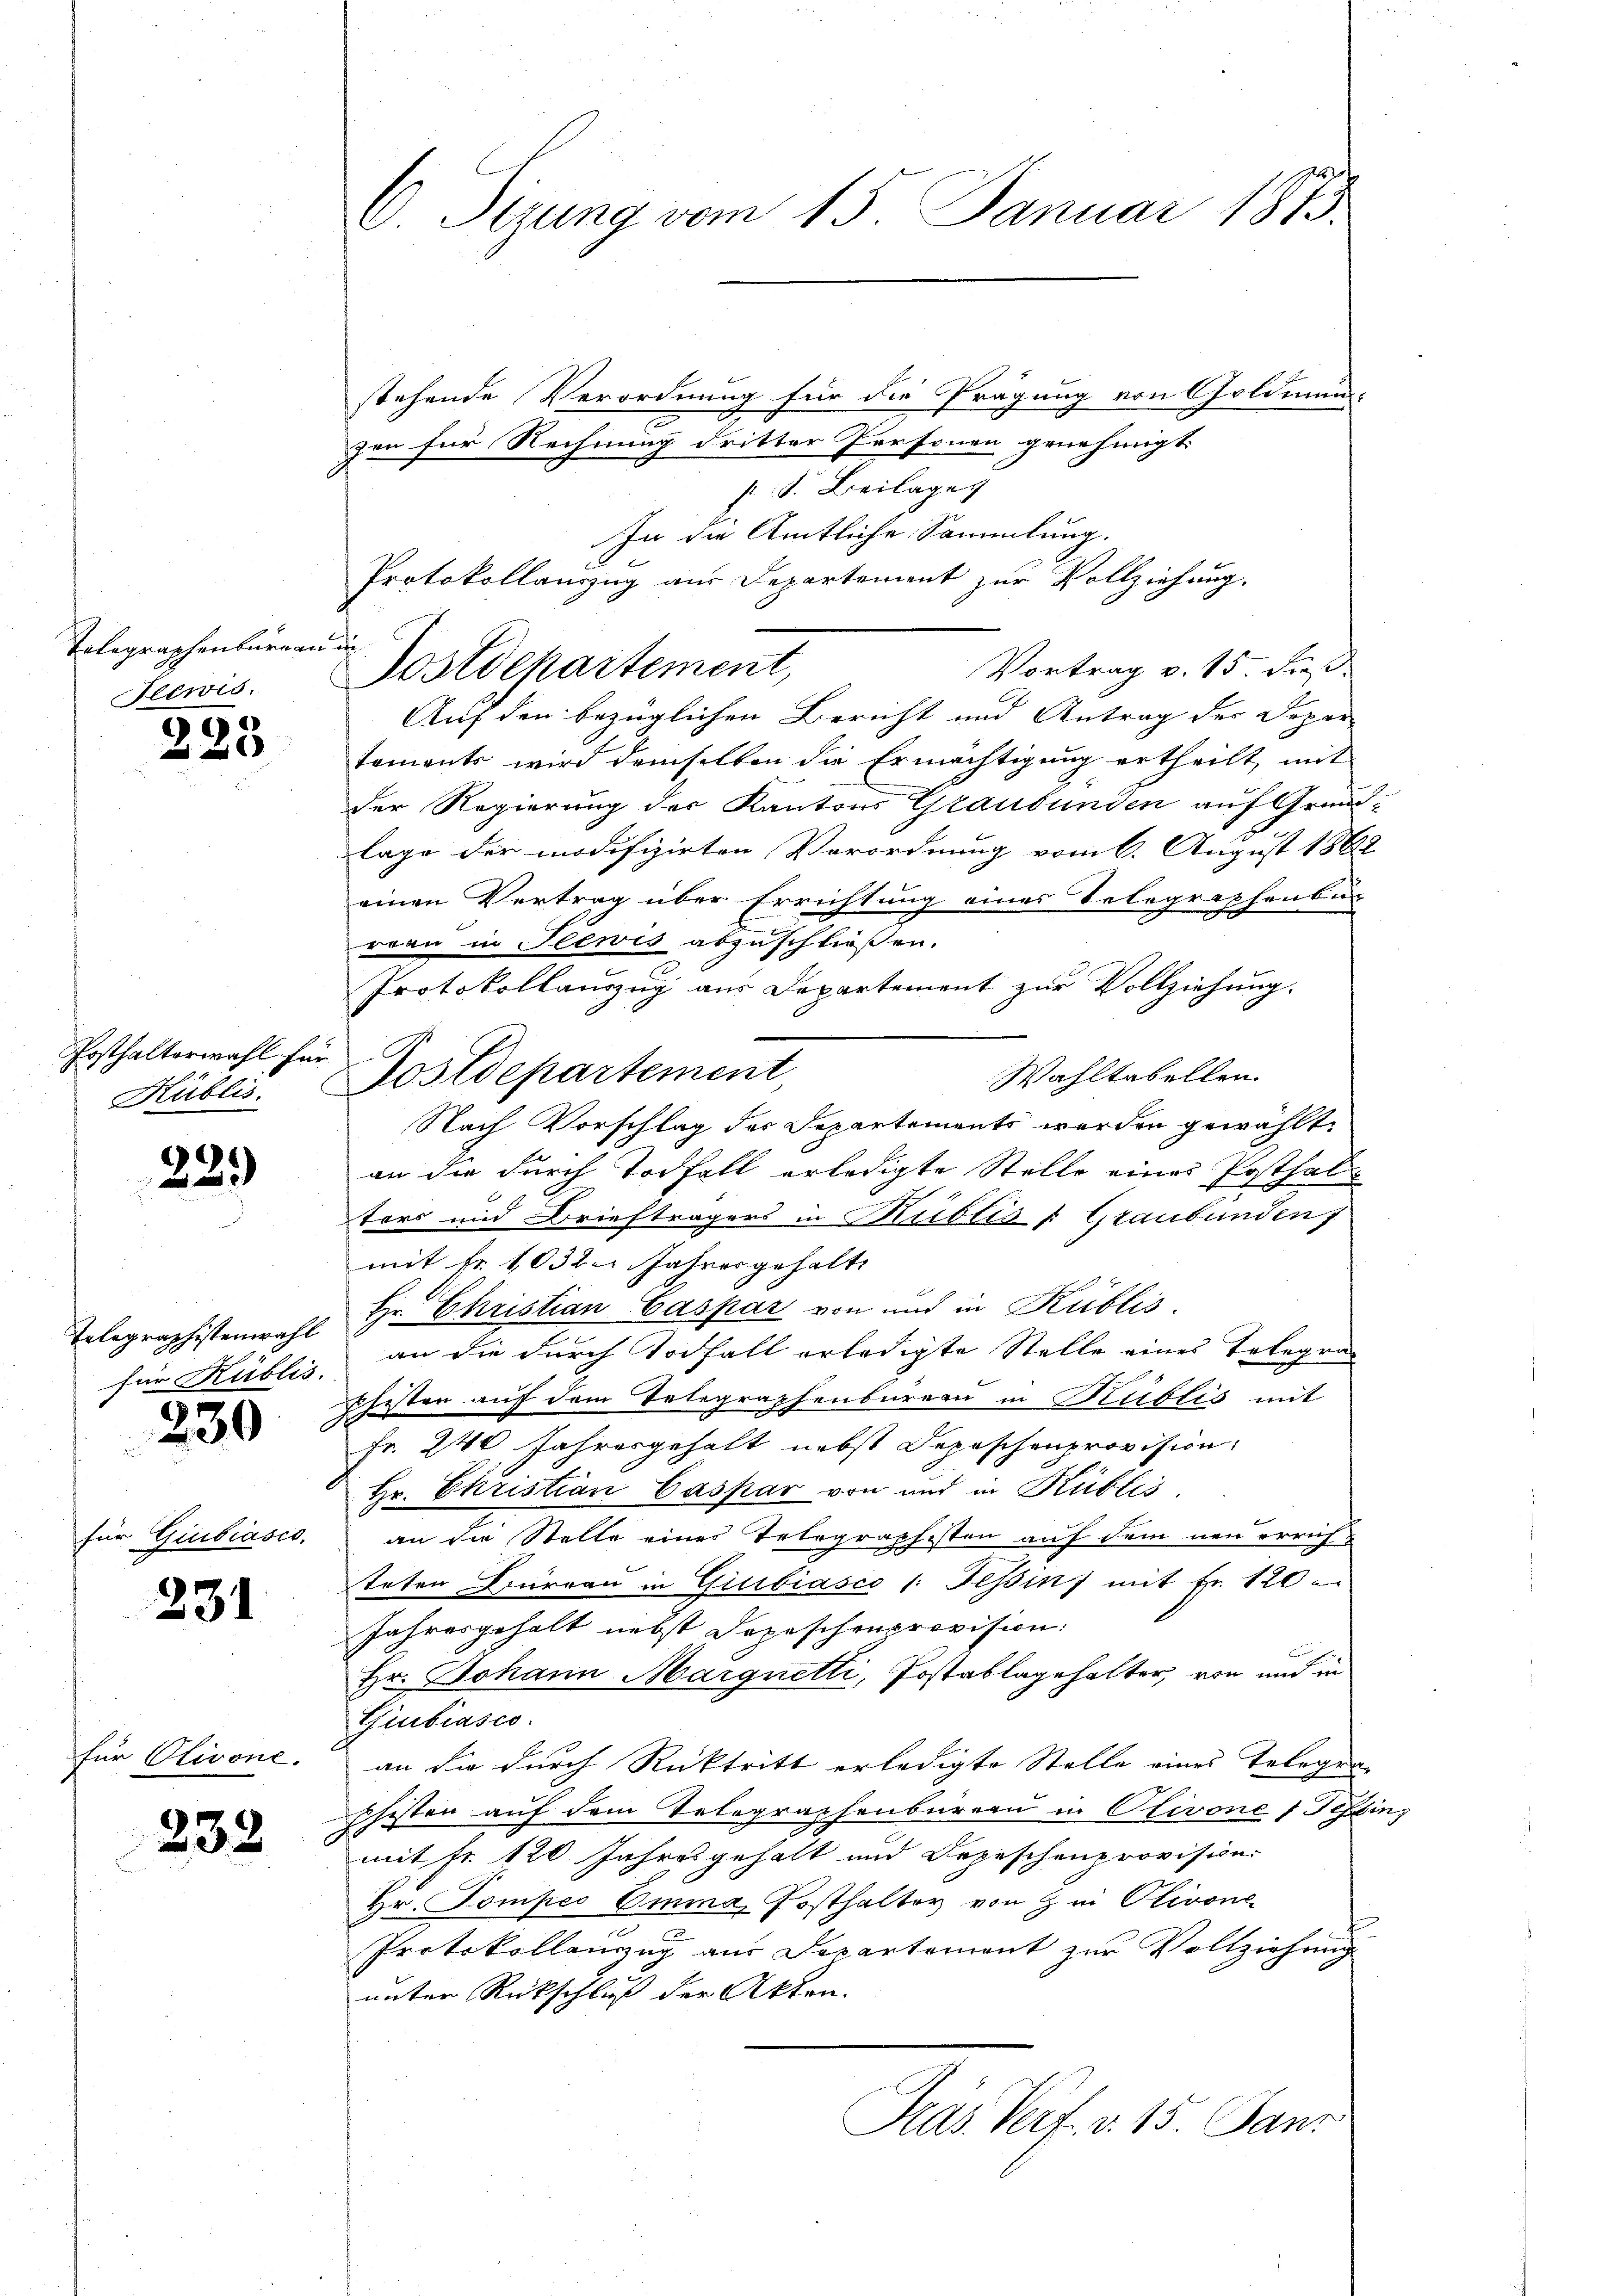
Telegraphenbureau
Feewis

8
 a

Posthalterwahl für
Küblis.

22.)

Tolographistenwahl
für Küblis.
G

230

für Giubiasco,

231

für Olivone.

232

6 Sizung vom 15. Januar 1873.

stehende Verordnung für die Prägung von Goldman-
zen für Rechnung dritter Personen genehmigt.
p. s. Beilage
In die Amtliche Sammlung.
Protokollauszug aus Departement zur Vollziehung.
i
Vortrag v. 15. dieß.
Auf den bezüglichen Bericht und Antrag der Depar
taments wird demselben die Ermächtigung ertheilt mit
der Regierung des Kantons Graubünden auf Grundlage der modifizirten Verordnung vom 6. August 1888
einen Vertrag über Errichtung eines Telegraphenbur
reau in Seewis abzuschließen.
Protokollauszug aus Departement zur Vollziehung.
Wahltabellen
Nach Vorschlag der Departements werden gewählt.
an die durch Todfall erledigte Stelle eines Posthaltors und Briefträgers in Kublis Graubünden
mit fr. 1032 Jahresgehalte
Hr. Christian Caspar von und in Kublis.
an die durch Todfall erledigte Stelle eines Telegraphisten auf dem Telegraphenbarern in Kublis mit
Fr. 240 Jahresgehalt nebst Sepischenprovision
Hr. Christian Caspar von und in Rütlis
an die Stelle eines Telegraphisten auf dem neu errichteten Bureau in Guibiasco 1: Tessin mit Fr. 120
Jahresgehalt nebst Dopeschenprovision:
Hr. Johann Margnetti, Jostablagehalter, von und in
Giubiasco
an sie durch Rücktritt erledigte Stelle eines Telegen-
phisten auf dem Telegraphenbüreau in Olivones Tessin,
mit Fr. 120 Jahresgehalt und Depeschenprovision.
Hr. Pompes Emma, Posthalter von zu Olivone
Protokollanzug aus Departement zur Vollziehung
unter Rückschluß der Akten.
Pras Verf. v. 15. Janz

E
Postdepartement

Postdepartement,